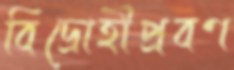
বিদ্রোহীপ্রবণ